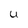
Character: U